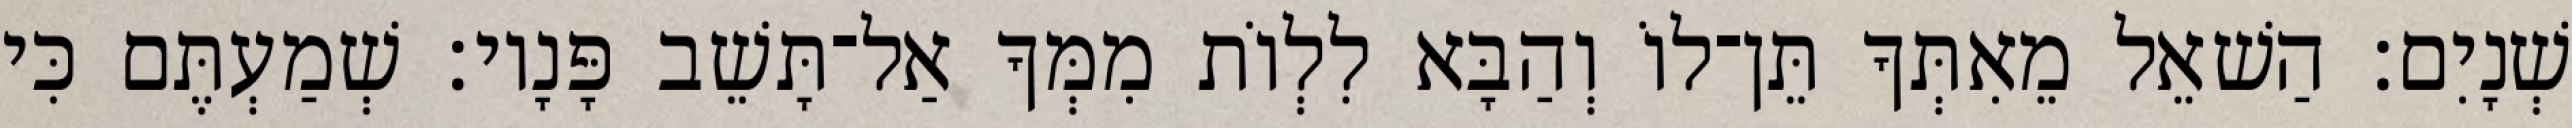
שְׁנָיִם׃ הַשׁאֵל מֵאִתְּךָ תֵּן־לוֹ וְהַבָּא לִלְוֹת מִמְּךָ אַל־תָּשֵׁב פָּנָיו׃ שְׁמַעְתֶּם כִּי